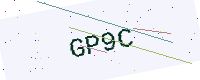
Text: GP9C